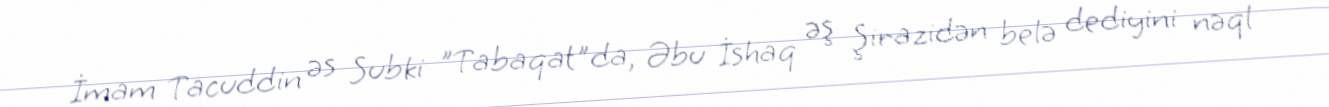
İmam Tacuddin əs Subki "Tabaqat"da, Əbu İshaq əş Şirazidən belə dediyini nəql